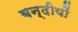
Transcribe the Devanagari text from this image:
बन्दीयों